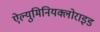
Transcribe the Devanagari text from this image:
ऐल्युमिनियक्लोराइड